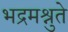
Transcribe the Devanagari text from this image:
भद्रमश्नुते